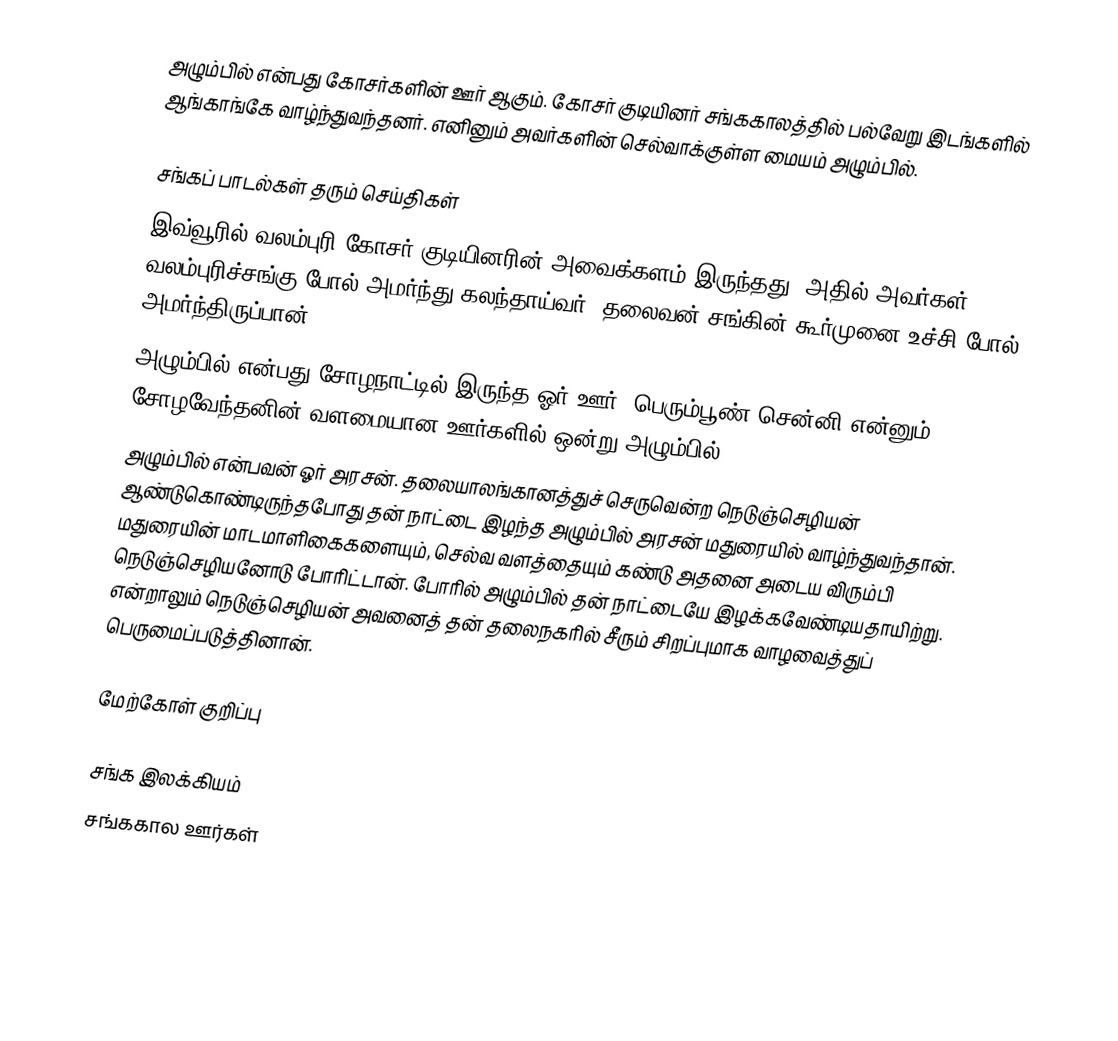
அழும்பில் என்பது கோசர்களின் ஊர் ஆகும். கோசர் குடியினர் சங்ககாலத்தில் பல்வேறு இடங்களில் ஆங்காங்கே வாழ்ந்துவந்தனர். எனினும் அவர்களின் செல்வாக்குள்ள மையம் அழும்பில்.

சங்கப் பாடல்கள் தரும் செய்திகள்
 இவ்வூரில் வலம்புரி கோசர் குடியினரின் அவைக்களம் இருந்தது. அதில் அவர்கள் வலம்புரிச்சங்கு போல் அமர்ந்து கலந்தாய்வர். தலைவன் சங்கின் கூர்முனை உச்சி போல் அமர்ந்திருப்பான்.
 அழும்பில் என்பது சோழநாட்டில் இருந்த ஓர் ஊர். பெரும்பூண் சென்னி என்னும் சோழவேந்தனின் வளமையான ஊர்களில் ஒன்று அழும்பில்.
 அழும்பில் என்பவன் ஓர் அரசன். தலையாலங்கானத்துச் செருவென்ற நெடுஞ்செழியன் ஆண்டுகொண்டிருந்தபோது தன் நாட்டை இழந்த அழும்பில் அரசன் மதுரையில் வாழ்ந்துவந்தான். மதுரையின் மாடமாளிகைகளையும், செல்வ வளத்தையும் கண்டு அதனை அடைய விரும்பி நெடுஞ்செழியனோடு போரிட்டான். போரில் அழும்பில் தன் நாட்டையே இழக்கவேண்டியதாயிற்று. என்றாலும் நெடுஞ்செழியன் அவனைத் தன் தலைநகரில் சீரும் சிறப்புமாக  வாழவைத்துப் பெருமைப்படுத்தினான்.

மேற்கோள் குறிப்பு

சங்க இலக்கியம்
சங்ககால ஊர்கள்